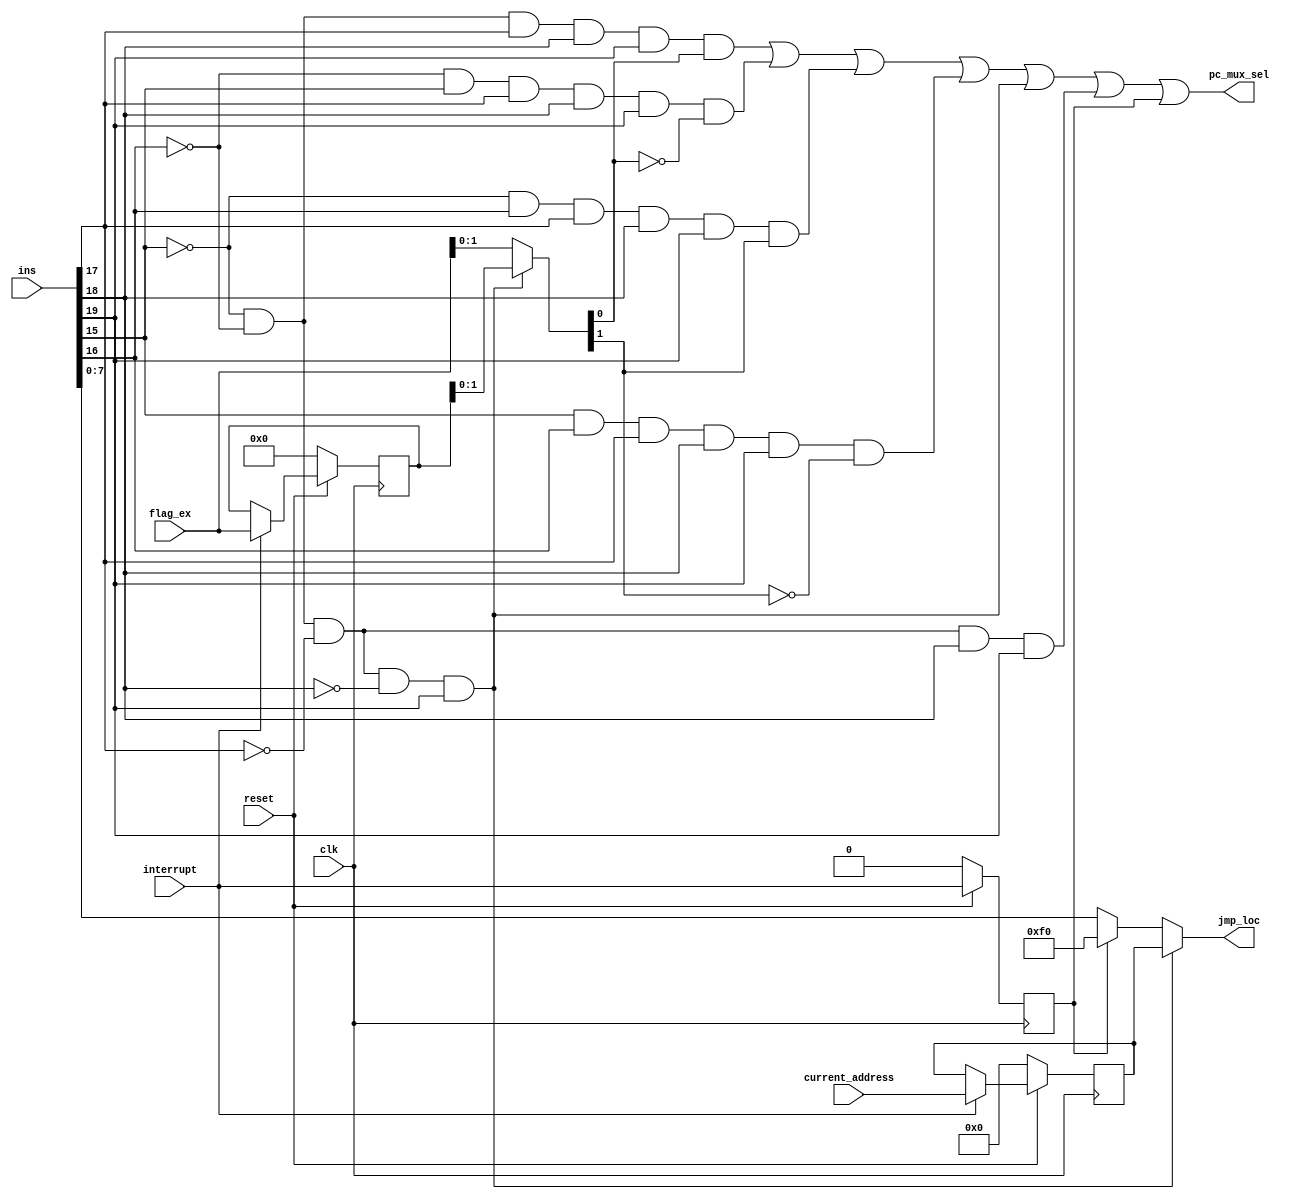
module Jump_Control_Block(pc_mux_sel,jmp_loc,ins,clk, interrupt,current_address, flag_ex, reset);

input[19:0] ins;			//inputs to stall control block
input clk,reset,interrupt;
input [7:0]current_address;
input [3:0]flag_ex;
output pc_mux_sel;   		//outputs 
output [7:0]jmp_loc;

wire JC,JNC,JZ,JNZ,JMP,RET;
wire temp0,temp1,temp2,temp3,temp4;
wire [7:0]jumpaddress,jumpaddress1;
reg sel_mux_0;
wire [7:0]current_address1;
reg [7:0]current_address2;
wire [3:0]flag_ex1;
reg [3:0]flag_ex2;
wire [3:0]final_flag;
wire and0,and1,and2,and3;

//temporary variables for reset loic 
wire temp_sel_mux_0;
wire [7:0]temp_current_address2;
wire [3:0]temp_flag_ex2; 

assign jumpaddress = ins[7:0];

assign flag0=final_flag[0];           //splitting the bits of final flag 
assign flag1=final_flag[1];


assign temp0 = ins[15];					//temporary variables storing bits of ins
assign temp1 = ins[16];
assign temp2 = ins[17];
assign temp3 = ins[18];
assign temp4 = ins[19];

assign JC = ((~temp0)&(~temp1)&temp2&temp3&temp4);    //conditional jump statements 		
assign JNC = ((~temp1)&(temp0)&(temp2)&(temp3)&(temp4));
assign JZ = ((~temp0)&(temp1)&(temp2)&(temp3)&(temp4));
assign JNZ = ((temp0)&(temp1)&temp2&temp3&temp4);
assign JMP = ((~temp0)&(~temp1)&(~temp2)&temp3&temp4);     //unconditional jump

assign temp_sel_mux_0=(reset==1)? interrupt:1'b0;

always@(posedge clk)
begin
		sel_mux_0 <= temp_sel_mux_0;
		current_address2 <= temp_current_address2; 		//we assign current_address2 as current_address1
		flag_ex2 <= temp_flag_ex2;                //we assign flag_ex2 as flag_ex1

end

assign jumpaddress1= (sel_mux_0==1'b0) ? jumpaddress : 8'hf0; //when sel_mux_0 is 1 programs jump to interrupt location

assign temp_current_address2=(reset==1)?current_address1:8'b0;
                                                              //8'hf0
/*always@(posedge clk)
begin
		current_address2 <= temp_current_address2; 		//we assign current_address2 as current_address1
		flag_ex2 <= temp_flag_ex2;                //we assign flag_ex2 as flag_ex1

end
*/
assign current_address1 =(interrupt==1'b0) ? current_address2 :current_address; //if interrupt is 0 feedback is given to 
																				//current_address1			
assign temp_flag_ex2=(reset==1)?flag_ex1:4'b0;

/*always@(posedge clk)
begin
flag_ex2 <= temp_flag_ex2;                //we assign flag_ex2 as flag_ex1 
end
*/
assign flag_ex1= (interrupt==1'b0) ?flag_ex2:flag_ex;	//when interrupt occurs(is 1) program feedback 
                                                        //flag_ex1
assign RET = ((~temp0)&(~temp1)&(~temp2)&(~temp3)&temp4);

assign final_flag= (RET==1'b0)?flag_ex:flag_ex2; 

assign jmp_loc=(RET==0) ? jumpaddress1:current_address2;

assign and0=(JC&(flag0));
assign and1=(JNC&(~flag0));
assign and2=(JZ&(flag1));
assign and3=(JNZ&(~flag1));

assign pc_mux_sel= (and0|and1|and2|and3|RET|JMP|sel_mux_0);//in case of RET,conditional and unconditional jump 
															//instructions pc_mux_sel will be 1 else 0								


endmodule